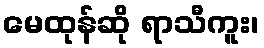
မေထုန်ဆို ရာသီကူး၊